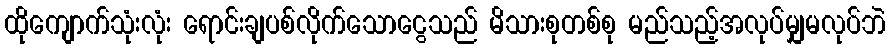
ထိုကျောက်သုံးလုံး ရောင်းချပစ်လိုက်သောငွေသည် မိသားစုတစ်စု မည်သည့်အလုပ်မျှမလုပ်ဘဲ